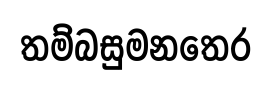
තම්බසුමනතෙර